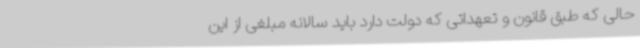
حالی که طبق قانون و تعهداتی که دولت دارد باید سالانه مبلغی از این